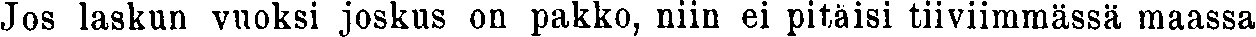
Jos laskun vuoksi joskus on pakko, niin ei pitäisi tiiviimmässä maassa